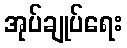
အုပ်ချုပ်ရေး